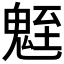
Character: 𩳀